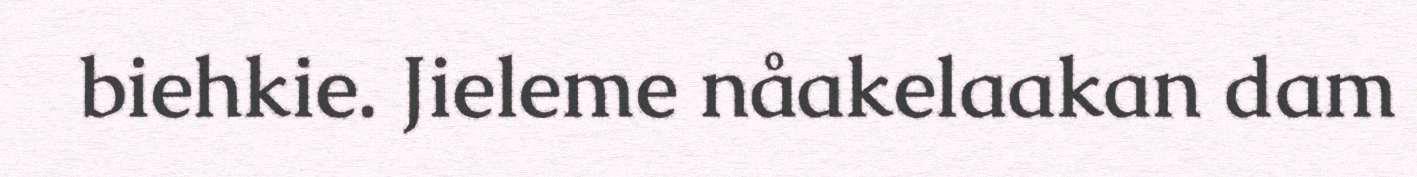
biehkie. Jieleme nåakelaakan dam